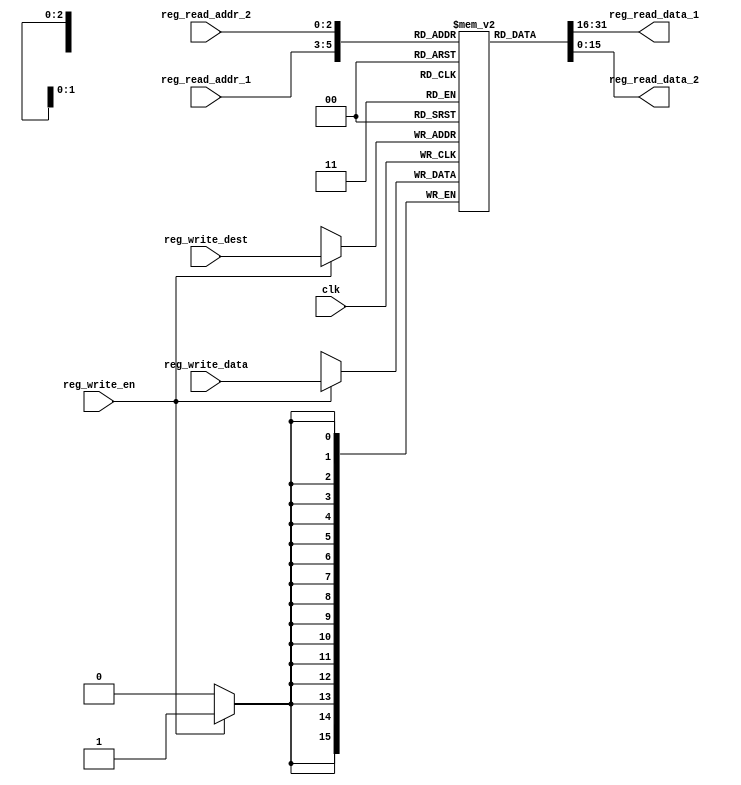
module GPRs(
    input clk,
    input reg_write_en,
    input [2:0] reg_write_dest,
    input [15:0] reg_write_data,
    input [2:0] reg_read_addr_1,
    output [15:0] reg_read_data_1,
    input [2:0] reg_read_addr_2,
    output [15:0] reg_read_data_2
);
    reg [15:0] reg_array [7:0];

    always @(posedge clk) begin
        if (reg_write_en) begin
            reg_array[reg_write_dest] <= reg_write_data;
        end
    end

    assign reg_read_data_1 = reg_array[reg_read_addr_1];
    assign reg_read_data_2 = reg_array[reg_read_addr_2];

endmodule